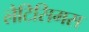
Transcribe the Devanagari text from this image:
लैटिसिमस